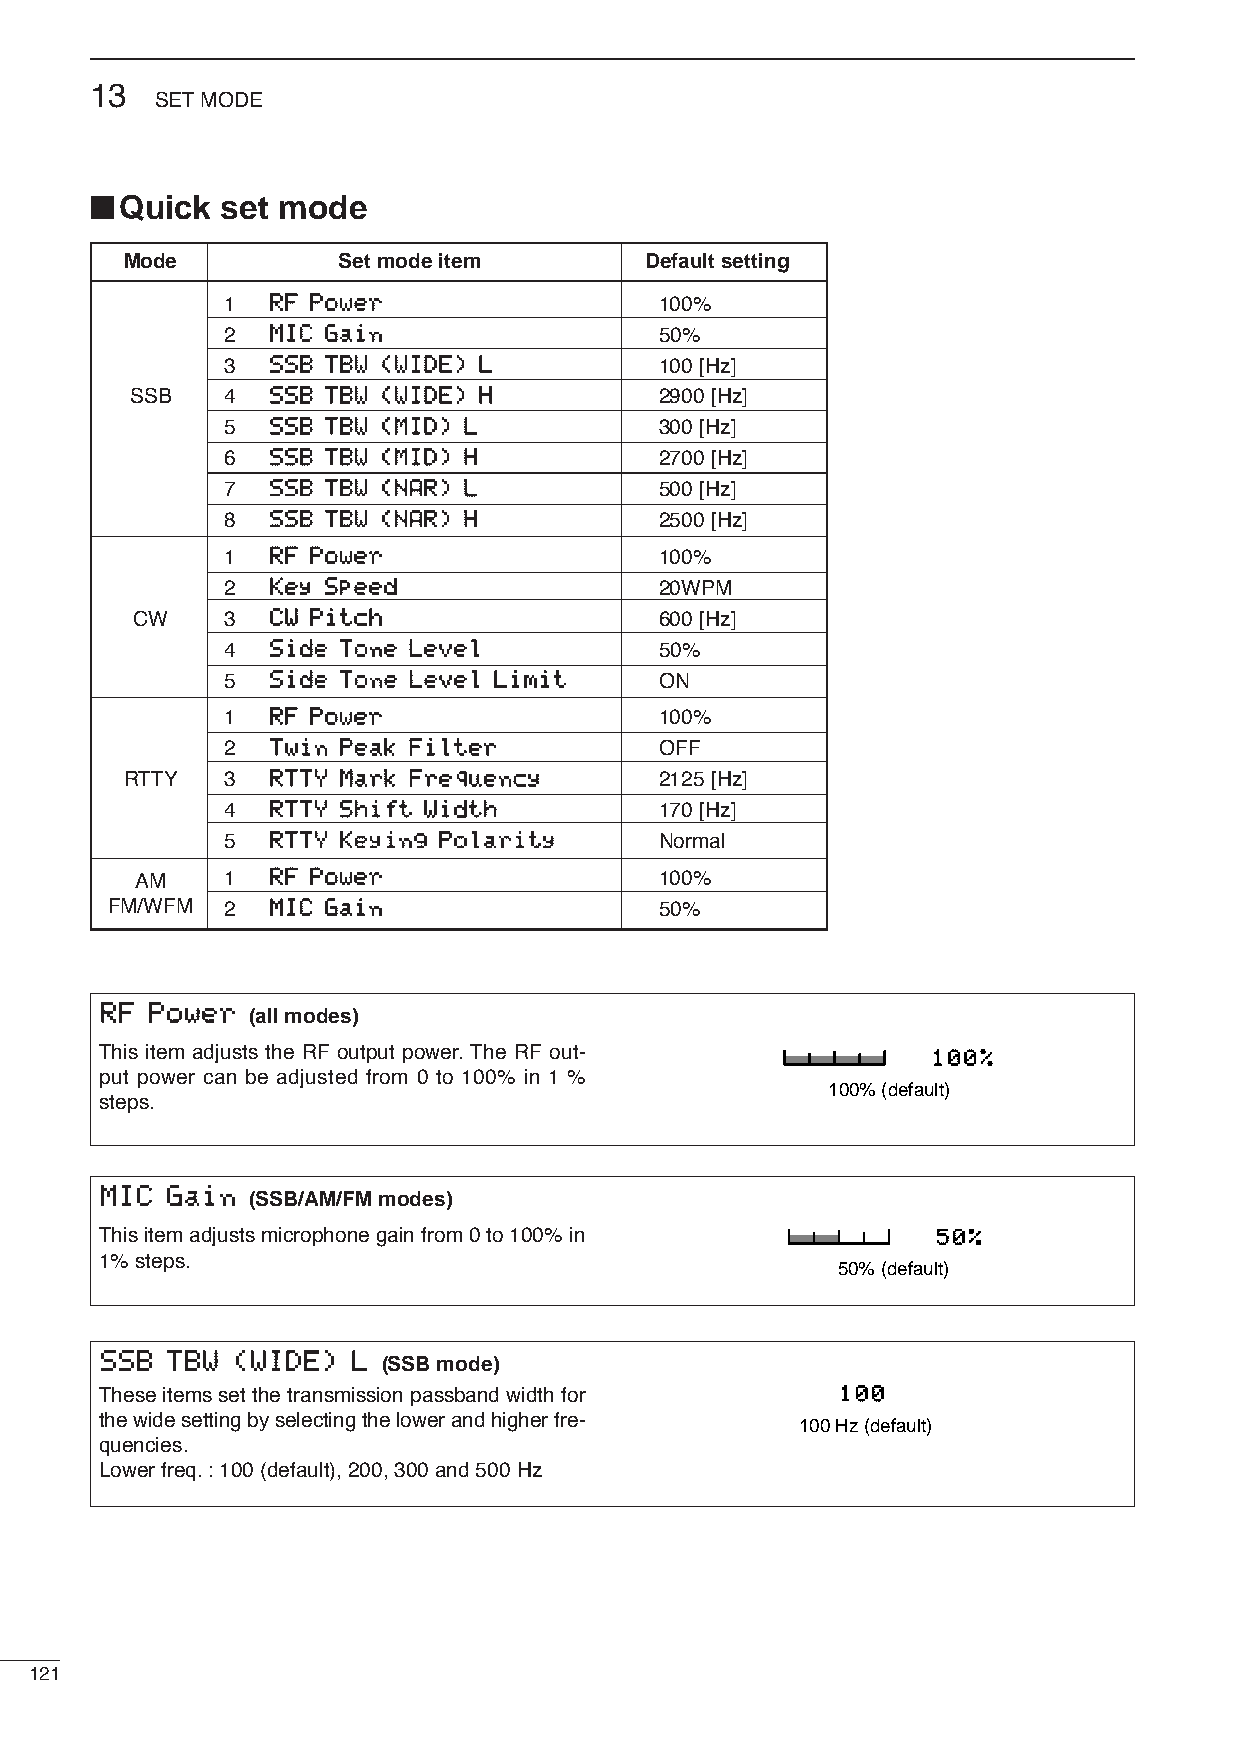
13
 SETMODE
 ■
 Quick  set mode
 Mode          Set mode item        Default setting
 1  RRFF PPoowweerr           100%
 2  MMIICC GGaaiinn           50%
 3  SSSSBB TTBBWW ((WWIIDDEE)) LL 100 [Hz]
 SSB   4  SSSSBB TTBBWW ((WWIIDDEE)) HH 2900 [Hz]
 5  SSSSBB TTBBWW ((MMIIDD)) LL 300 [Hz]
 6  SSSSBB TTBBWW ((MMIIDD)) HH 2700 [Hz]
 7  SSSSBB TTBBWW ((NNAARR)) LL 500 [Hz]
 8  SSSSBB TTBBWW ((NNAARR)) HH 2500 [Hz]
 1  RRFF PPoowweerr           100%
 2  KKeeyy SSppeeeedd         20WPM
 CW    3  CCWW PPiittcchh           600 [Hz]
 4  SSiiddee TToonnee LLeevveell 50%
 5  SSiiddee TToonnee LLeevveell LLiimmiitt ON
 1  RRFF PPoowweerr           100%
 2  TTwwiinn PPeeaakk FFiilltteerr OFF
 RTTY   3  RRTTTTYY MMaarrkk FFrreeqquueennccyy 2125 [Hz]
 4  RRTTTTYY SShhiifftt WWiiddtthh 170 [Hz]
 5  RRTTTTYY KKeeyyiinngg PPoollaarriittyy Normal
 AM    1  RRFF PPoowweerr           100%
 FM/WFM  2  MMIICC GGaaiinn           50%
 RRFF PPoowweerr
 (all modes)
 This item adjusts the RF output power. The RF out-     100%
 put power can be adjusted from 0 to 100% in 1 %
 100% (default)
 steps.
 MMIICC GGaaiinn
 (SSB/AM/FM modes)
 This item adjusts microphone gain from 0 to 100% in    50%
 1% steps.
 50% (default)
 SSSSBB TTBBWW ((WWIIDDEE)) LL
 (SSB mode)
 These items set the transmission passband width for 100
 the wide setting by selecting the lower and higher fre- 100 Hz (default)
 quencies.
 Lower freq.: 100 (default), 200, 300 and 500Hz
 121